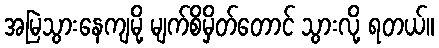
အမြဲသွားနေကျမို့ မျက်စိမှိတ်တောင် သွားလို့ ရတယ်။